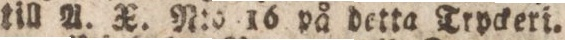
till A. X. N:o 16 på detta Tryckeri.